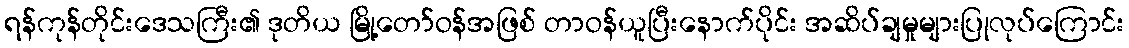
ရန်ကုန်တိုင်းဒေသကြီး၏ ဒုတိယ မြို့တော်ဝန်အဖြစ် တာဝန်ယူပြီးနောက်ပိုင်း အဆိပ်ချမှုများပြုလုပ်ကြောင်း